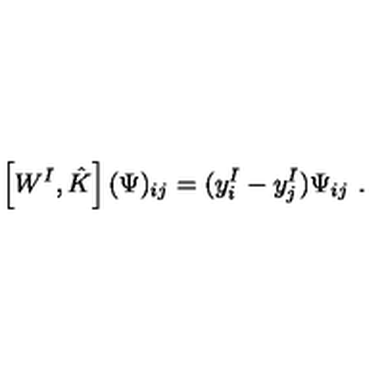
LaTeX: \left[ W ^ { I } , \hat { K } \right] ( \Psi ) _ { i j } = ( y _ { i } ^ { I } - y _ { j } ^ { I } ) \Psi _ { i j } \ .